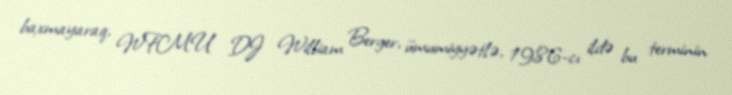
baxmayaraq, WFMU DJ William Berger, ümumiyyətlə, 1986-cı ildə bu terminin